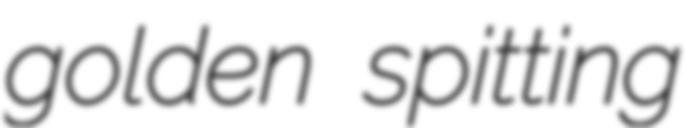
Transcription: golden spitting